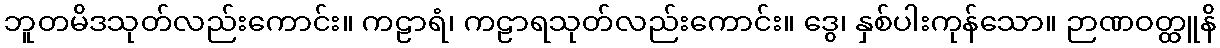
ဘူတမိဒသုတ်လည်းကောင်း။ ကဠာရံ၊ ကဠာရသုတ်လည်းကောင်း။ ဒွေ၊ နှစ်ပါးကုန်သော။ ဉာဏဝတ္ထူနိ